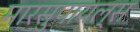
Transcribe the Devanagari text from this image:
मारसुपायल्स